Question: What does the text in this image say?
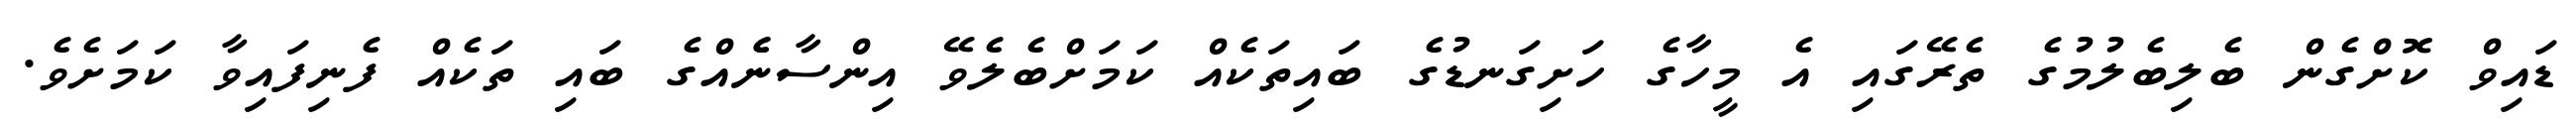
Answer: ޑައިވް ކޮށްގެން ބެލިބެލުމުގެ ތެރޭގައި އެ މީހާގެ ހަށިގަނޑުގެ ބައިތަކެއް ކަމަށްބެލެވޭ އިންސާނެެއްގެ ބައި ތަކެއް ފެނިފައިވާ ކަމަށެވެ.